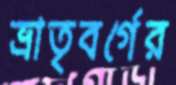
ভ্রাতৃবর্গের